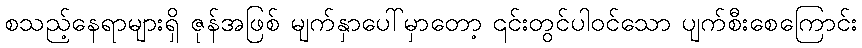
စသည့်နေရာများရှိ ဇုန်အဖြစ် မျက်နှာပေါ်မှာတော့ ၎င်းတွင်ပါဝင်သော ပျက်စီးစေကြောင်း